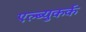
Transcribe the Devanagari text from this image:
एल्ब्युकर्क